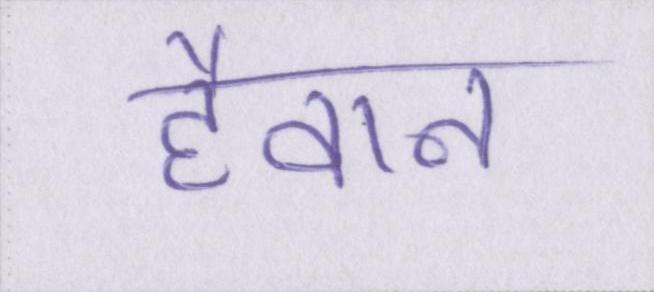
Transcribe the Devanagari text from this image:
हैवान